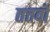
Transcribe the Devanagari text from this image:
तत्तवों